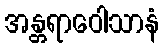
အန္တရာဝေါသာနံ